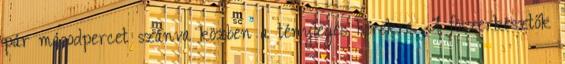
pár másodpercet szánva közben a tényleges hírekre. A föszerkesztők